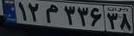
۱۲م۳۳۶۳۸